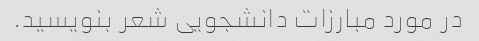
در مورد مبارزات دانشجویی شعر بنویسید.